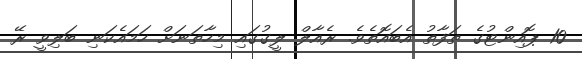
10 ޕޮއިންޓުގެ ތަފާތު އެބައޮތެވެ. ރެއާލް ލީގުގައި މިހާތަނަށް ހަމައެކަނި ބަލިވީ ރޭ